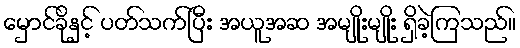
မှောင်ခိုနှင့် ပတ်သက်ပြီး အယူအဆ အမျိုးမျိုး ရှိခဲ့ကြသည်။